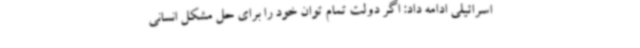
اسرائیلی ادامه داد: اگر دولت تمام توان خود را برای حل مشکل انسانی